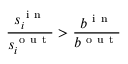
\frac { s _ { i } ^ { \mathrm { ~ i ~ n ~ } } } { s _ { i } ^ { \mathrm { ~ o ~ u ~ t ~ } } } > \frac { b ^ { \mathrm { ~ i ~ n ~ } } } { b ^ { \mathrm { ~ o ~ u ~ t ~ } } }